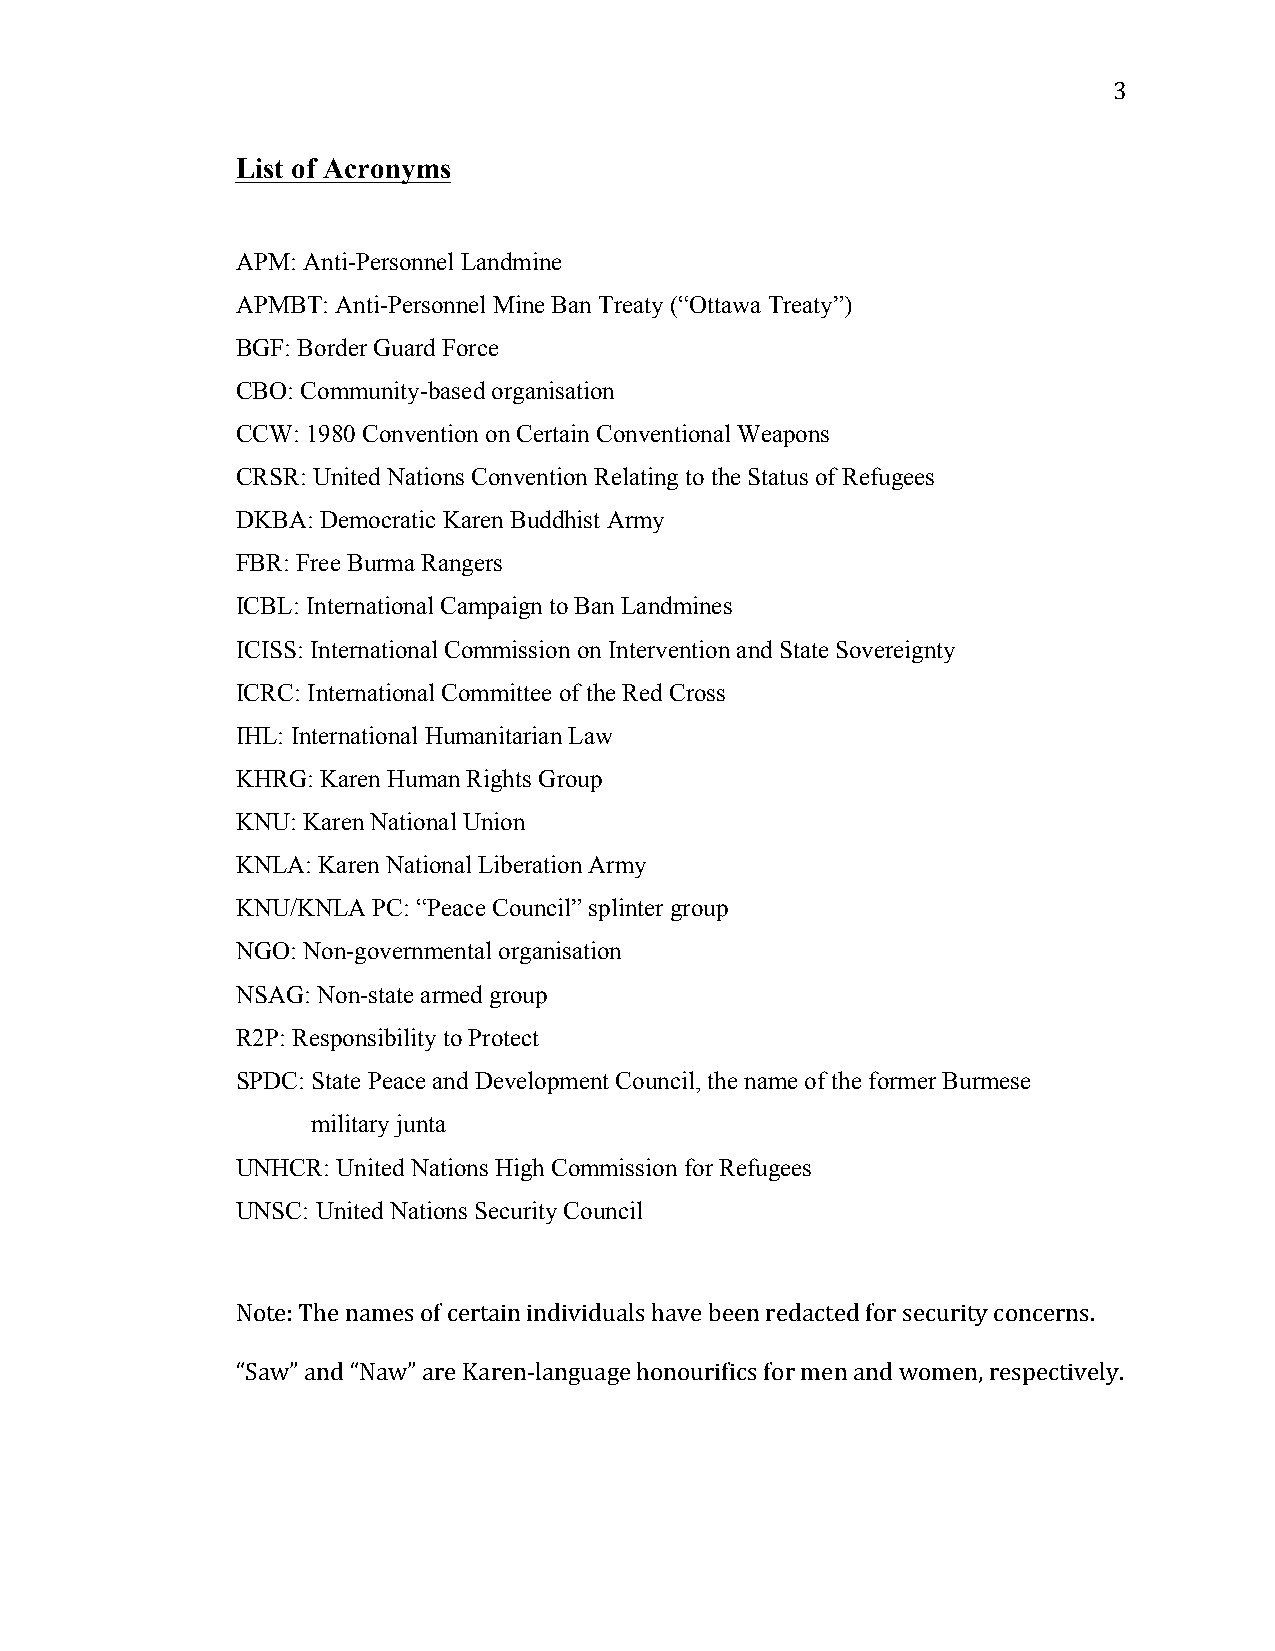
3
 List of Acronyms
 APM: Anti-Personnel Landmine
 APMBT: Anti-Personnel Mine Ban Treaty (“Ottawa Treaty”)
 BGF: Border Guard Force
 CBO: Community-based organisation
 CCW: 1980 Convention on Certain Conventional Weapons
 CRSR: United Nations Convention Relating to the Status of Refugees
 DKBA: Democratic Karen Buddhist Army
 FBR: Free Burma Rangers
 ICBL: International Campaign to Ban Landmines
 ICISS: International Commission on Intervention and State Sovereignty
 ICRC: International Committee of the Red Cross
 IHL: International Humanitarian Law
 KHRG: Karen Human Rights Group
 KNU: Karen National Union
 KNLA: Karen National Liberation Army
 KNU/KNLA PC: “Peace Council” splinter group
 NGO: Non-governmental organisation
 NSAG: Non-state armed group
 R2P: Responsibility to Protect
 SPDC: State Peace and Development Council, the name of the former Burmese
 military junta
 UNHCR: United Nations High Commission for Refugees
 UNSC: United Nations Security Council
 Note: The names of certain individuals have been redacted for security concerns.
 “Saw” and “Naw” are Karen-­‐language honourifics for men and women, respectively.